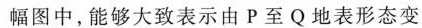
幅图中，能够大致表示由P至Q地表形态变